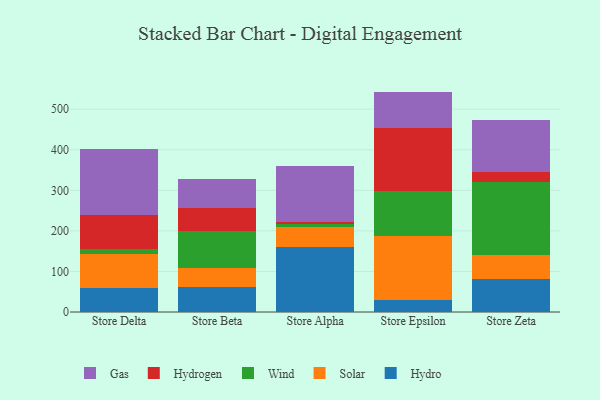
{"axis": {"x": "Store", "y": "Energy Usage (MWh)"}, "legend": ["Gas", "Hydro", "Hydrogen", "Solar", "Wind"], "data": [{"x": "Store Delta", "y": 60.2, "type": "Hydro"}, {"x": "Store Delta", "y": 83.4, "type": "Solar"}, {"x": "Store Delta", "y": 12.8, "type": "Wind"}, {"x": "Store Delta", "y": 83.0, "type": "Hydrogen"}, {"x": "Store Delta", "y": 163.6, "type": "Gas"}, {"x": "Store Beta", "y": 61.5, "type": "Hydro"}, {"x": "Store Beta", "y": 47.5, "type": "Solar"}, {"x": "Store Beta", "y": 90.0, "type": "Wind"}, {"x": "Store Beta", "y": 57.8, "type": "Hydrogen"}, {"x": "Store Beta", "y": 70.0, "type": "Gas"}, {"x": "Store Alpha", "y": 160.8, "type": "Hydro"}, {"x": "Store Alpha", "y": 49.3, "type": "Solar"}, {"x": "Store Alpha", "y": 6.2, "type": "Wind"}, {"x": "Store Alpha", "y": 6.6, "type": "Hydrogen"}, {"x": "Store Alpha", "y": 136.7, "type": "Gas"}, {"x": "Store Epsilon", "y": 30.5, "type": "Hydro"}, {"x": "Store Epsilon", "y": 157.8, "type": "Solar"}, {"x": "Store Epsilon", "y": 109.7, "type": "Wind"}, {"x": "Store Epsilon", "y": 154.8, "type": "Hydrogen"}, {"x": "Store Epsilon", "y": 90.6, "type": "Gas"}, {"x": "Store Zeta", "y": 81.6, "type": "Hydro"}, {"x": "Store Zeta", "y": 59.4, "type": "Solar"}, {"x": "Store Zeta", "y": 179.4, "type": "Wind"}, {"x": "Store Zeta", "y": 23.8, "type": "Hydrogen"}, {"x": "Store Zeta", "y": 129.0, "type": "Gas"}]}